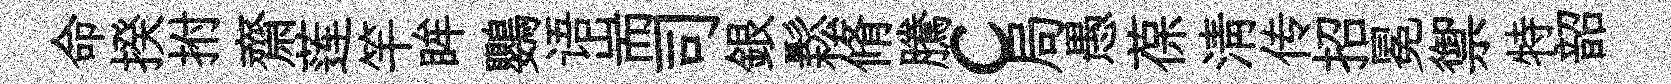
命揆拊齋莲竿眸鸚语耑司銀鬆脩騰c局愚葆淸传招冕禦特韶